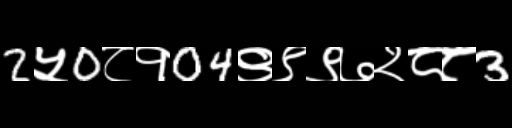
Text: 2५0८१04९९९७२८८3